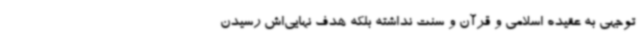
توجهی به عقیده اسلامی و قرآن و سنت نداشته بلکه هدف نهایی‌اش رسیدن